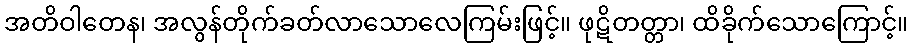
အတိဝါတေန၊ အလွန်တိုက်ခတ်လာသောလေကြမ်းဖြင့်။ ဖုဋိတတ္တာ၊ ထိခိုက်သောကြောင့်။